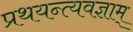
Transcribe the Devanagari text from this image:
प्रथयन्त्यवज्ञाम्‌